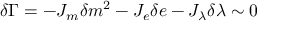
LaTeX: \delta \Gamma = - J _ { m } \delta m ^ { 2 } - J _ { e } \delta e - J _ { \lambda } \delta \lambda \sim 0